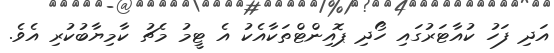
އަދި ފަހު ކުއާޓަރުގައި ހޯދި ޕޮއިންޓްތަކާއެކު އެ ޓީމު މެޗު ކާމިޔާބުކުރި އެވެ.